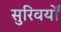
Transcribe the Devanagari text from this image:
सुरिवर्यों